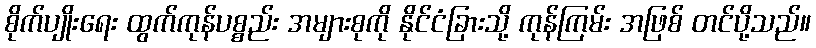
စိုက်ပျိုးရေး ထွက်ကုန်ပစ္စည်း အများစုကို နိုင်ငံခြားသို့ ကုန်ကြမ်း အဖြစ် တင်ပို့သည်။